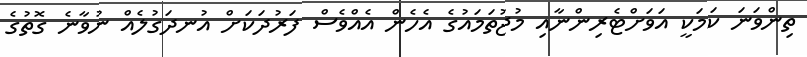
ތިންވަނަ ކަމަކީ އަވަށްޓެރިންނާއި މުޖުތަމައުގެ އެހެން އެއްވެސް ފަރުދަކަށް އުނދަގުލެއް ނުވާނެ ގޮތުގެ